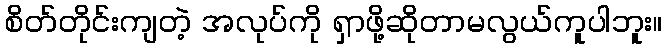
စိတ်တိုင်းကျတဲ့ အလုပ်ကို ရှာဖို့ဆိုတာမလွယ်ကူပါဘူး။